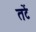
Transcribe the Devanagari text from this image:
तटें